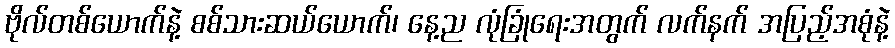
ဗိုလ်တစ်ယောက်နဲ့ စစ်သားဆယ်ယောက်၊ နေ့ည လုံခြုံရေးအတွက် လက်နက် အပြည့်အစုံနဲ့